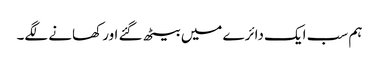
ہم سب ایک دائرے میں بیٹھ گئے اور کھانے لگے۔